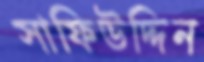
সাফিউদ্দিন